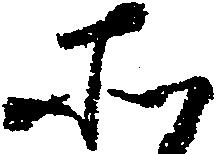
そ